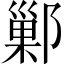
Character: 鄛